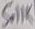
Text: 5.11K